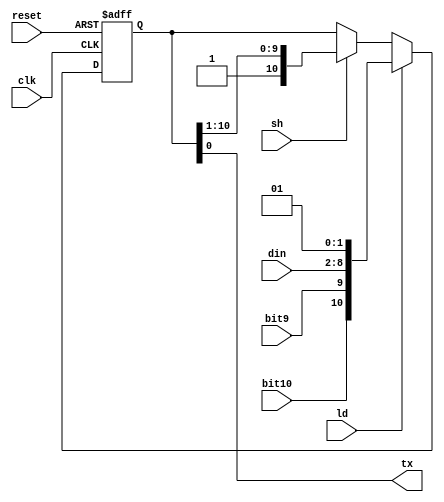
`timescale 1ns / 1ps
//***************************************************************//
//                                                               //
// Created by       Jesus Franco                                 //
// Copyright  2020 Jesus Franco on 10/13/2020 02:26:05 PM       //
//                                                               //
//                                                               //
// In submitting this file for class work at CSULB               //
// I am confirming that this is my work and the work             //
// of no one else. In submitting this code I acknowledge that    //
// plagiarism in student project work is subject to dismissal.   //
// from the class                                                //
// Dependencies:                                                 //
//***************************************************************//

module shiftreg(
    input       clk,    // 100MHz clock
    input       reset,  // asynchronous reset with synchronous de-assertion
    input       ld,     // load enable
    input       sh,     // shift enable
    input       bit9,   // bit 9
    input       bit10,  // bit 10
    input [6:0] din,    // data in
    output wire tx      // output transmitted 1 bit data
    );
    reg   [10:0] Shifter; // shifting register
    
    ///////////////
    // define transmit out
    ///////////////
    assign tx = Shifter[0]; // tx will be output based on Shifter[0]
    
    ///////////////
    // define shift register
    ///////////////
    // Sequential logic for the shift register
    always@(posedge clk, posedge reset)
        if(reset) Shifter <= 11'h7FF;                        else   
        if(ld)    Shifter <= {bit10, bit9, din[6:0], 2'b01}; else
        if(sh)    Shifter <= {1'b1, Shifter[10:1]};          else
                  Shifter <= Shifter;
endmodule